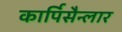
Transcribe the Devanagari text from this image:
कार्पिसैन्लार